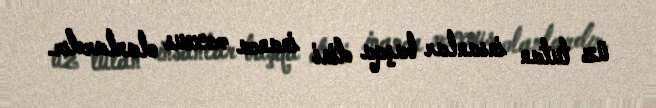
üz tutan insanlar başqa dini inanca məxsus olanlardır.